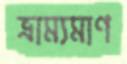
ভ্রাম্যমাণ